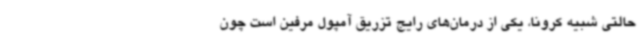
حالتی شبیه کرونا، یکی از درمان‌های رایج تزریق آمپول مرفین است چون